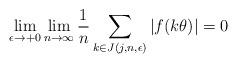
LaTeX: \begin{align*} \lim_{\epsilon\to+0} \lim_{n\to\infty}\frac1n\sum_{k\in J(j,n,\epsilon)}|f(k\theta)|=0\end{align*}